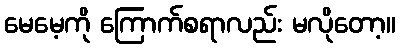
မေမေ့ကို ကြောက်စရာလည်း မလိုတော့။